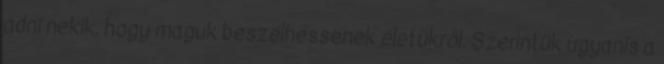
adni nekik, hogy maguk beszélhessenek életükről. Szerintük ugyanis a